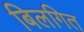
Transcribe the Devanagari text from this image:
बिलगित